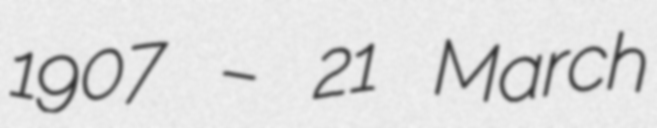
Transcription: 1907 – 21 March